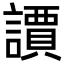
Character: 䜖